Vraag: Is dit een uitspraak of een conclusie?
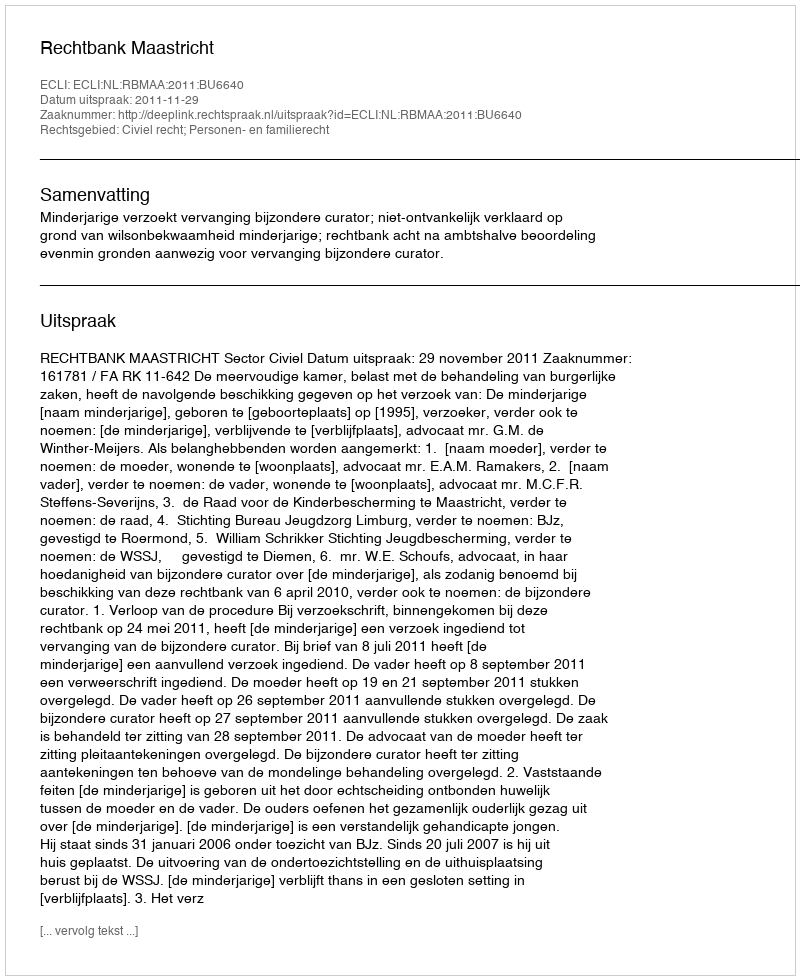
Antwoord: Uitspraak